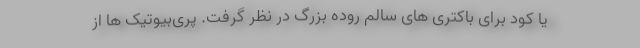
یا کود برای باکتری های سالم روده بزرگ در نظر گرفت. پری‌بیوتیک ها از